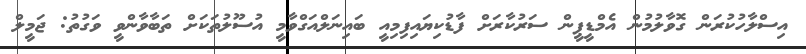
އިސްލާހުކުރަން ގޮވާލުމުން އެމްޑީޕީން ސަރުކާރަށް ފާޑުކިޔައިފިމިއީ ބައިނަލްއަގްވާމީ އުސޫލުތަކަށް ތަބާވާންވީ ވަގުތު: ޖަމީލް